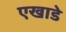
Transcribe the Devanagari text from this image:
एखाडे